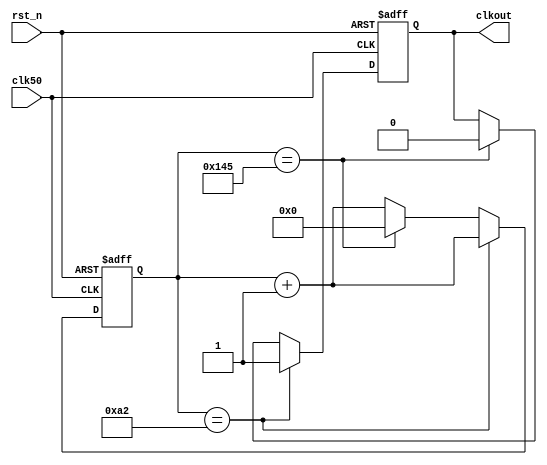
module clkdiv(
    input clk50,
    input rst_n,
    output reg clkout
);
    reg [15:0] cnt;
    always @(posedge clk50 or negedge rst_n)
    begin
        if(!rst_n)
        begin
            cnt <= 16'b0;
            clkout <= 1'b0;
        end
        else if(cnt == 16'd162)
        begin
            clkout <= 1'b1;
            cnt <= cnt + 16'd1;
        end
            else if(cnt == 16'd325) 
        begin
            clkout <= 1'b0;
            cnt <= 16'd0;
        end
            else 
        begin
            cnt <= cnt + 16'd1;
        end
    end
endmodule

/* @wavedrom this is wavedrom demo1
{
    signal : [
        { name: "clk",  wave: "p......" },
        { name: "bus",  wave: "x.34.5x", data: "head body tail" },
        { name: "wire", wave: "0.1..0." }
    ]
}
*/


/* @wavedrom this is wavedrom demo2
{ 
    signal: [
    { name: "pclk", wave: "p......." },
    { name: "Pclk", wave: "P......." },
    { name: "nclk", wave: "n......." },
    { name: "Nclk", wave: "N......." },
    {},
    { name: "clk0", wave: "phnlPHNL" },
    { name: "clk1", wave: "xhlhLHl." },
    { name: "clk2", wave: "hpHplnLn" },
    { name: "clk3", wave: "nhNhplPl" },
    { name: "clk4", wave: "xlh.L.Hx" },
]}
*/